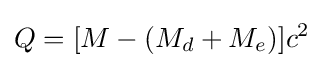
Q=[M-(M_{d}+M_{e})]c^{2}